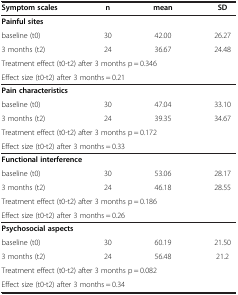
<table><thead><tr><td><b>Symptom scales</b></td><td><b>n</b></td><td><b>mean</b></td><td><b>SD</b></td></tr></thead><tbody><tr><td colspan="4"><b>Painful sites</b></td></tr><tr><td>baseline (t0)</td><td>30</td><td>42.00</td><td>26.27</td></tr><tr><td>3 months (t2)</td><td>24</td><td>36.67</td><td>24.48</td></tr><tr><td colspan="4">Treatment effect (t0-t2) after 3 months p = 0.346</td></tr><tr><td colspan="4">Effect size (t0-t2) after 3 months = 0.21</td></tr><tr><td colspan="4"><b>Pain characteristics</b></td></tr><tr><td>baseline (t0)</td><td>30</td><td>47.04</td><td>33.10</td></tr><tr><td>3 months (t2)</td><td>24</td><td>39.35</td><td>34.67</td></tr><tr><td colspan="4">Treatment effect (t0-t2) after 3 months p = 0.172</td></tr><tr><td colspan="4">Effect size (t0-t2) after 3 months = 0.33</td></tr><tr><td colspan="4"><b>Functional interference</b></td></tr><tr><td>baseline (t0)</td><td>30</td><td>53.06</td><td>28.17</td></tr><tr><td>3 months (t2)</td><td>24</td><td>46.18</td><td>28.55</td></tr><tr><td colspan="4">Treatment effect (t0-t2) after 3 months p = 0.186</td></tr><tr><td colspan="4">Effect size (t0-t2) after 3 months = 0.26</td></tr><tr><td colspan="4"><b>Psychosocial aspects</b></td></tr><tr><td>baseline (t0)</td><td>30</td><td>60.19</td><td>21.50</td></tr><tr><td>3 months (t2)</td><td>24</td><td>56.48</td><td>21.2</td></tr><tr><td colspan="4">Treatment effect (t0-t2) after 3 months p = 0.082</td></tr><tr><td colspan="4">Effect size (t0-t2) after 3 months = 0.34</td></tr></tbody></table>